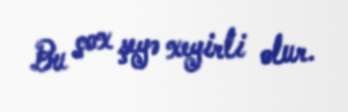
Bu çox şeyə xeyirli olur.